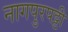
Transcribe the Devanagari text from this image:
नागपुरपट्टी